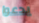
يدعوا